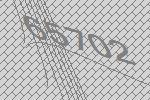
65702